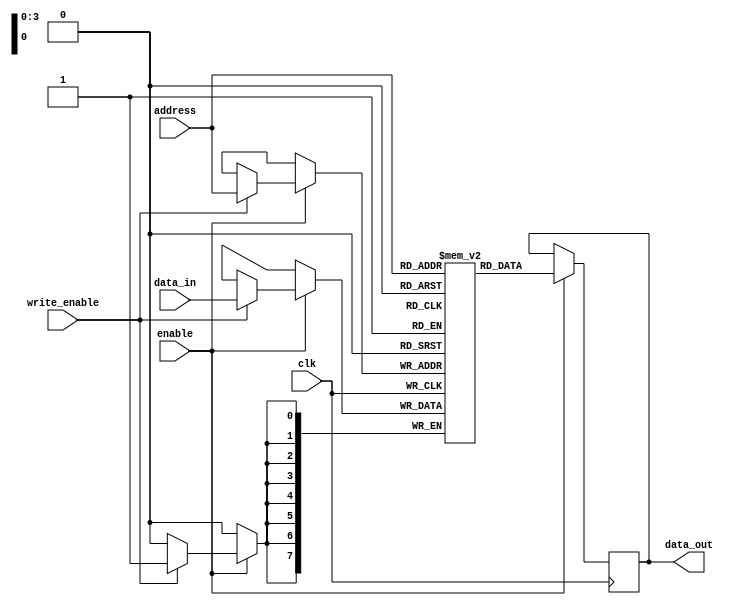
module memory_block (
    input wire clk,           // Main clock signal
    input wire enable,        // Enable signal for clock gating
    input wire [7:0] data_in, // Data input for the memory block
    output reg [7:0] data_out, // Data output from the memory block
    input wire [3:0] address,  // Address input for memory access
    input wire write_enable     // Write enable signal
);

    // Memory array declaration (example: 16 x 8-bit memory)
    reg [7:0] memory [0:15];

    // Memory operation
    always @(posedge clk) begin
        if (enable) begin
            if (write_enable) begin
                memory[address] <= data_in; // Write data to memory
            end
            data_out <= memory[address]; // Read data from memory
        end
    end
endmodule